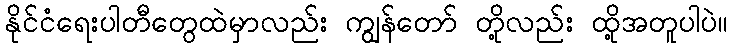
နိုင်ငံရေးပါတီတွေထဲမှာလည်း ကျွန်တော် တို့လည်း ထို့အတူပါပဲ။